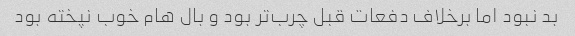
بد نبود اما برخلاف دفعات قبل چرب‌تر بود و بال هام خوب نپخته بود